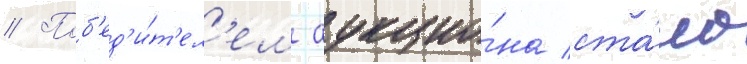
// Поб'ед'и́т'ел'ем аукцио́на ста́ло